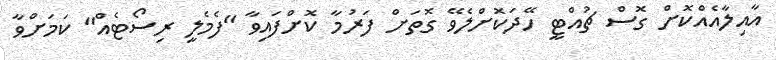
އާއިލާއެއްކޮށް ގޮސް ޗުއްޓީ ހޭދަކޮށްލެވޭ ގޮތަށް ފަރުމާ ކޮށްފައިވާ "ފެމެލީ ރިސޯޓެއް" ކަމަށްވާ